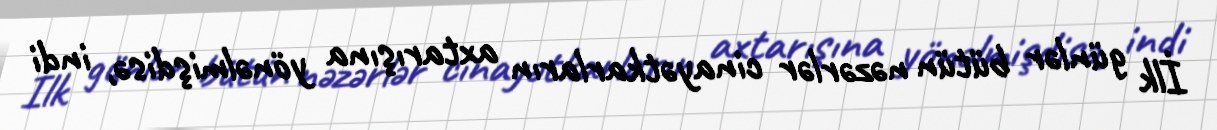
İlk günlər bütün nəzərlər cinayətkarların axtarışına yönəlmişdisə, indi